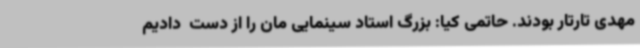
مهدی تارتار بودند. حاتمی کیا: بزرگ استاد سینمایی مان را از دست  دادیم